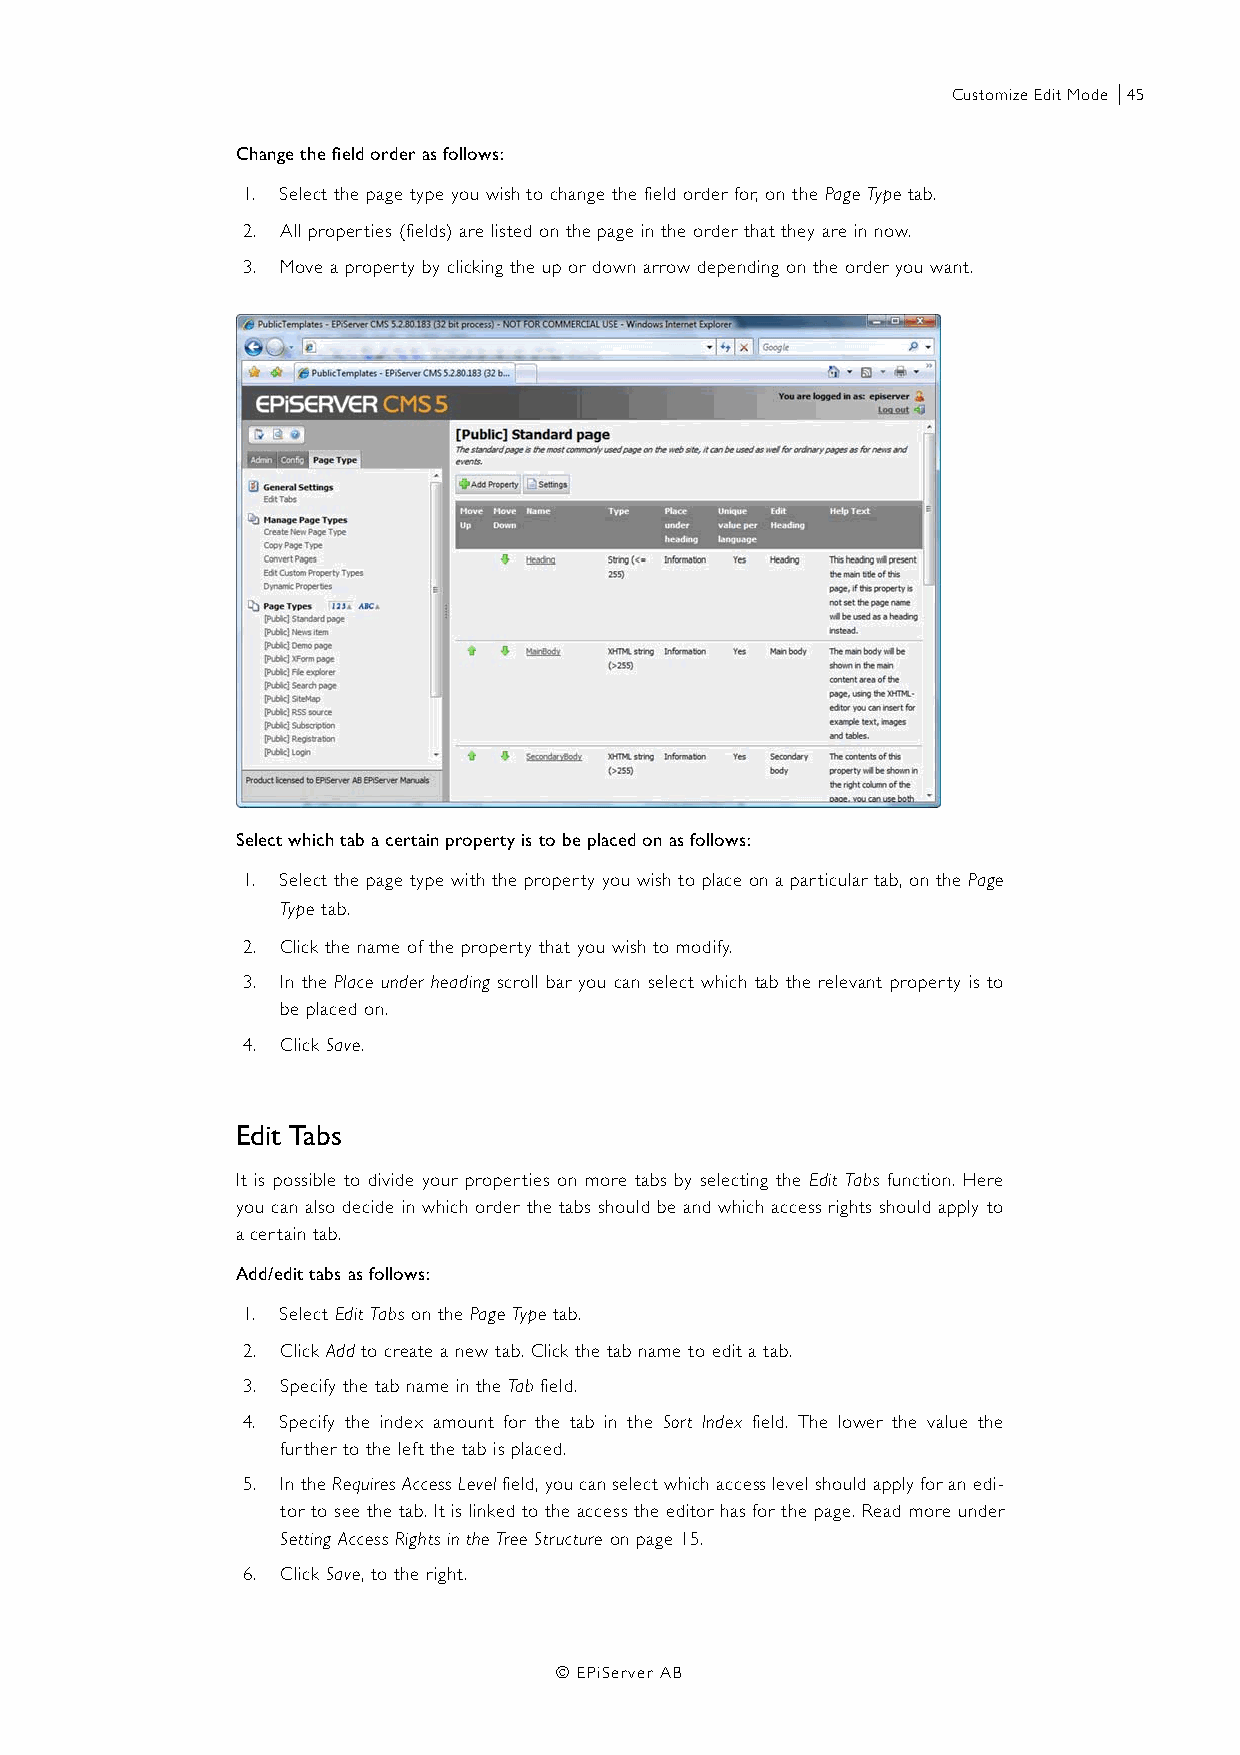
Customize Edit Mode |45
 Change the field order as follows:
 1. Select the page type you wish to change the field order for, on the Page Type tab.
 2. All properties (fields) are listed on the page in the order that they are in now.
 3. Move a property by clicking the up or down arrow depending on the order you want.
 Select which tab a certain property is to be placed on as follows:
 1. Select the page type with the property you wish to place on a particular tab, on the Page
 Type tab.
 2. Click the name of the property that you wish to modify.
 3. In the Place under heading scroll bar you can select which tab the relevant property is to
 be placed on.
 4. Click Save.
 Edit Tabs
 It is possible to divide your properties on more tabs by selecting the Edit Tabs function. Here
 you can also decide in which order the tabs should be and which access rights should apply to
 a certain tab.
 Add/edit tabs as follows:
 1. Select Edit Tabs on the Page Type tab.
 2. Click Add to create a new tab. Click the tab name to edit a tab.
 3. Specify the tab name in the Tab field.
 4. Specify the index amount for the tab in the Sort Index field. The lower the value the
 further to the left the tab is placed.
 5. In the Requires Access Level field, you can select which access level should apply for an edi-
 tor to see the tab. It is linked to the access the editor has for the page. Read more under
 Setting Access Rights in the Tree Structure on page 15.
 6. Click Save, to the right.
 © EPiServer AB